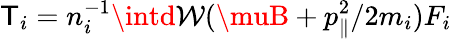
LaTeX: \mathsf{T}_{i}=n_{i}^{-1}\intd\mathcal{{W}}(\muB+p_{\parallel}^{2}/2m_{i})F_{i}